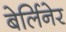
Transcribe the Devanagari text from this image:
बेर्लिनेर